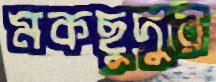
মকছুদুর